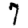
Digit: 7